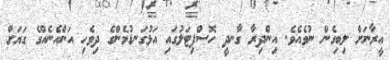
އީރާނަށް ލިބިގެން ނުވެއެވެ. އިންދިރާ ގާނދީ ހޮސްޕިޓަލުގައި އަޅުގަނޑުމެންގެ ދިވެހި އަންހެނެއްގެ ގަޔަށް